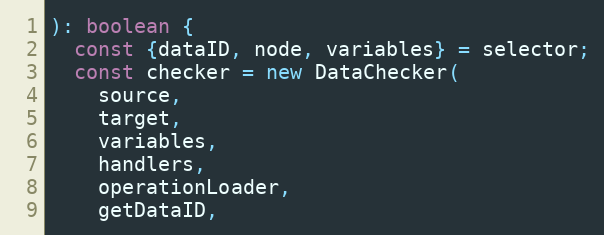
Language: JavaScript
): boolean {
  const {dataID, node, variables} = selector;
  const checker = new DataChecker(
    source,
    target,
    variables,
    handlers,
    operationLoader,
    getDataID,